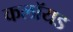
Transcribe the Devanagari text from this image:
कलॉयड